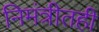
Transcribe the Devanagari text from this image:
निमंत्रीतही